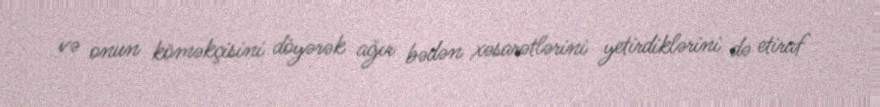
və onun köməkçisini döyərək ağır bədən xəsarətlərini yetirdiklərini də etiraf